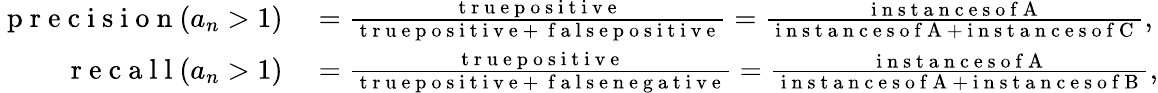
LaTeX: \begin{array}{rl}{\mathrm{~p~r~e~c~i~s~i~o~n~}(a_{n}>1)}&{{}=\frac{\mathrm{~t~r~u~e~p~o~s~i~t~i~v~e~}}{\mathrm{~t~r~u~e~p~o~s~i~t~i~v~e~}+\mathrm{~\mathbf~f~a~l~s~e~p~o~s~i~t~i~v~e~}}=\frac{\mathrm{~i~n~s~t~a~n~c~e~s~o~f~A~}}{\mathrm{~i~n~s~t~a~n~c~e~s~o~f~A~}+\mathrm{~i~n~s~t~a~n~c~e~s~o~f~C~}},}\\ {\mathrm{~r~e~c~a~l~l~}(a_{n}>1)}&{{}=\frac{\mathrm{~t~r~u~e~p~o~s~i~t~i~v~e~}}{\mathrm{~t~r~u~e~p~o~s~i~t~i~v~e~}+\mathrm{~\mathbf~f~a~l~s~e~n~e~g~a~t~i~v~e~}}=\frac{\mathrm{~i~n~s~t~a~n~c~e~s~o~f~A~}}{\mathrm{~i~n~s~t~a~n~c~e~s~o~f~A~}+\mathrm{~i~n~s~t~a~n~c~e~s~o~f~B~}},}\end{array}